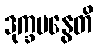
ဒုက္ခမနွေတိ